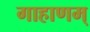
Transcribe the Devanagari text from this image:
गाहाणम्